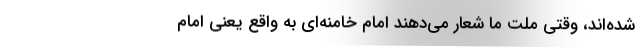
شده‌اند، وقتی ملت ما شعار می‌دهند امام خامنه‌ای به واقع یعنی امام